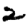
Digit: 2